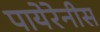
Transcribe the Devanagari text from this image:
पायेरेनीस